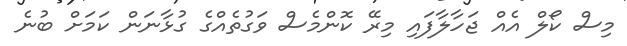
މިސް ކޯލް އެއް ޖަހާލާފައި މިރޭ ކޮންމެސް ވަގުތެއްގެ ގުޅާނަން ކަމަށް ބުނެ